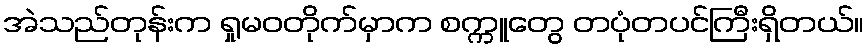
အဲသည်တုန်းက ရှုမဝတိုက်မှာက စက္ကူတွေ တပုံတပင်ကြီးရှိတယ်။